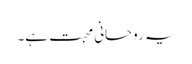
یہ روحانی محبت ہے۔